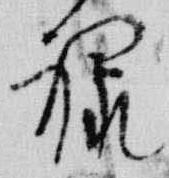
禄